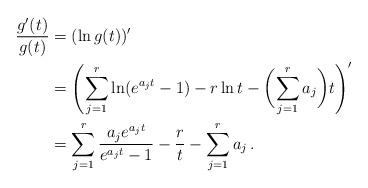
LaTeX: \begin{align*}\frac{g'(t)}{g(t)}&=(\ln g(t))'\\&=\left(\sum_{j=1}^r\ln(e^{a_j t}-1)-r\ln t-\biggl(\sum_{j=1}^r a_j\biggr)t\right)'\\&=\sum_{j=1}^r\frac{a_j e^{a_j t}}{e^{a_j t}-1}-\frac{r}{t}-\sum_{j=1}^r a_j\,.\end{align*}